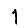
Digit: 1